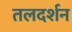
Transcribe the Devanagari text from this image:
तलदर्शन